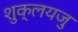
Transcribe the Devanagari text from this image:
शुक्लयजु